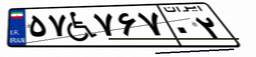
۵۷W۷۶۷۰۲